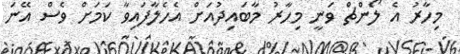
މިހާރު އެ ލޯންޗް ވަނީ މިހާރު މާބައިދުއަށް އެހެލާފައިވާ ކަމަށް ވެސް އޭނަ